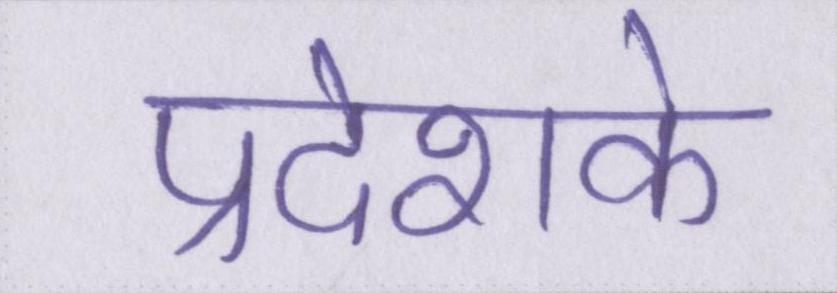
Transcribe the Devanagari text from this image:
प्रदेशके